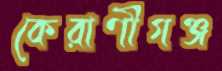
কেরাণীগঞ্জ